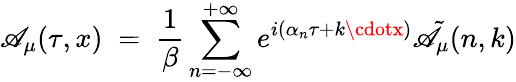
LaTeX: \mathscr{A}_{\mu}(\tau,x)\; =\; \frac{{1}}{{\beta}}\sum_{n=-\infty}^{+\infty}e^{i(\alpha_{n}\tau+k\cdotx)}{\tilde{{\mathscr{A}}}}_{\mu}(n,k)